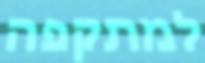
למתקפה